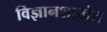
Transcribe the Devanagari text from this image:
विज्ञानशाखेत